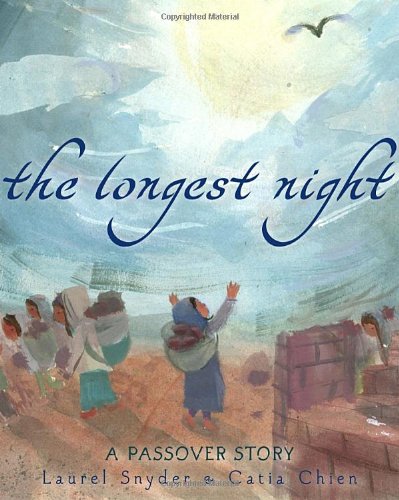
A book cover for The Longest Night: A Passover Story; Laurel Snyder; Children's Books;